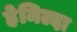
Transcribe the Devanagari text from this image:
हेमिल्दा